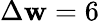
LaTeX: \Delta\mathbf{w}=6